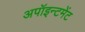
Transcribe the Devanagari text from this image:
अपॉइन्टमेंट